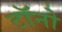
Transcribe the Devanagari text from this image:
टॉनो